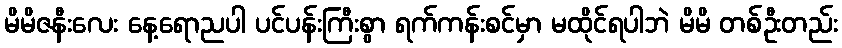
မိမိဇနီးလေး နေ့ရောညပါ ပင်ပန်းကြီးစွာ ရက်ကန်းစင်မှာ မထိုင်ရပါဘဲ မိမိ တစ်ဦးတည်း